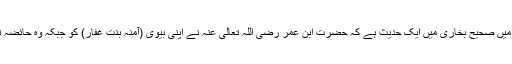
اس آیت کی تفسیر میں صحیح بخاری میں ایک حدیث ہے کہ حضرت ابن عمر رضی اللہ تعالیٰ عنہ نے اپنی بیوی (آمنہ بنت غفار) کو جبکہ وہ حائضہ تھیں طلاق دےدی۔